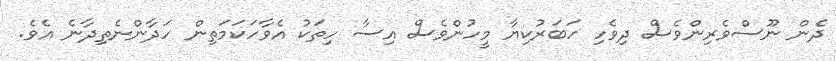
ދެން ނޫސްވެރިންވެސް ދިވެހި ހަބަރުކިޔާ މީހުންވެސް އިސާ ހިތަކު އެވާހަކަމަތިން ހަދާންނެތިދާނެ އެވެ.